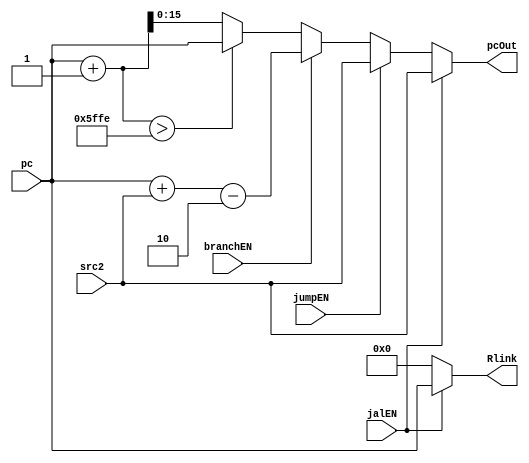
/*
*/

module pcALU #(parameter WIDTH = 16, parameter INTERRUPT_CONTROL = 16'h5FFF)(
	input [WIDTH-1: 0]  pc,
	input [WIDTH-1: 0]  src2,
	input					  jumpEN,
	//input [WIDTH-1: 0]  RTarget,
	input               jalEN,
	input					  branchEN,
	output [WIDTH-1: 0] Rlink,
	output [WIDTH-1: 0] pcOut
);


// Input of unsigned PC and signed immediate already in two's complement
// jumpEN is a signal that is set by another module that takes in a condition
// from the Bcond and Jcond. Depending on the condition bits and if the PSR
// are set correctly for jump, jumpEN will be set on and will use the immediate
// to increment the pc counter
// If we recieve a signal from the datapath that we want to do a jump and link
// instruction JAL, then we set the pc to the RTarget address and set the 
// Rlink output to be the previous pc + 1. There should be no situtation where
// both enable signals are on, if no enable signal are on, then we increment pc
// normally

reg [WIDTH-1:0] RlinkBack;
reg [WIDTH-1:0] newPC;

always@(*) begin
	RlinkBack <= 16'h0000;
	if(jalEN) begin
		newPC <= src2;
		RlinkBack <= pc;
	end
	else if(jumpEN) newPC <= src2;        // Here src2 is Rtarget / Address
	else if(branchEN) newPC <= pc + $signed(src2) - 2; // Here src2 is the immediate 
	else begin
		newPC  <= pc + 1;
		if(pc + 1 > INTERRUPT_CONTROL - 1) begin
			newPC <= pc;
		end
	end
end

assign Rlink = RlinkBack;
assign pcOut = newPC;
    
endmodule